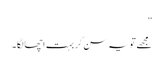
”
مجھے تو یہ سن کر بہت اچھا لگا۔